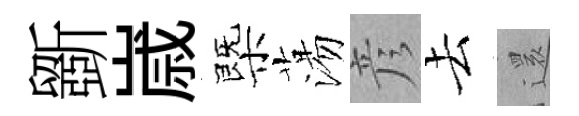
斵𡻕㮣蕩彦去𮟃